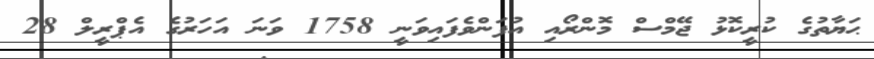
ޙަޔާތުގެ ކުރީކޮޅު ޖޭމްސް މޮންރޯއި އުފަންވެފައިވަނީ 1758 ވަނަ އަހަރުގެ އެޕްރީލް 28